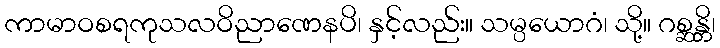
ကာမာဝစရကုသလဝိညာဏေနပိ၊ နှင့်လည်း။ သမ္ပယောဂံ၊ သို့။ ဂစ္ဆန္တိ၊